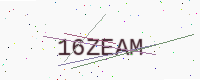
Text: 16ZEAM